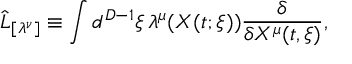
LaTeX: \hat { L } _ { [ \lambda ^ { \nu } ] } \equiv \int d ^ { D - 1 } \xi \, \lambda ^ { \mu } ( X ( t ; \xi ) ) \frac { \delta } { \delta X ^ { \mu } ( t , \xi ) } ,